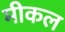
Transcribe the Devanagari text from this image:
मीकल